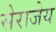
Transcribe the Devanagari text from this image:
सेराजेय